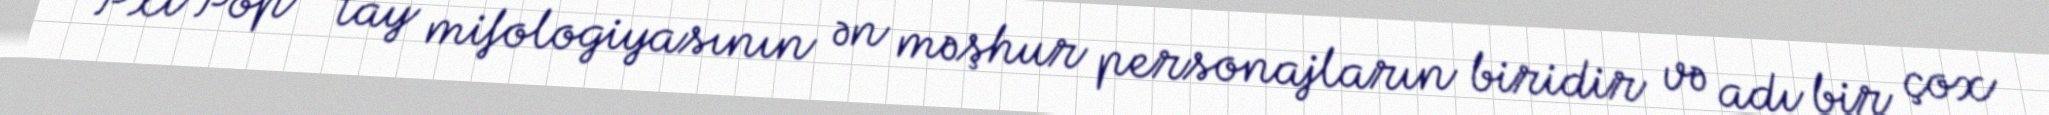
Pxi Pop - tay mifologiyasının ən məşhur personajların biridir və adı bir çox